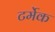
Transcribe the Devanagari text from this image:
टर्मेक